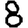
Digit: 8